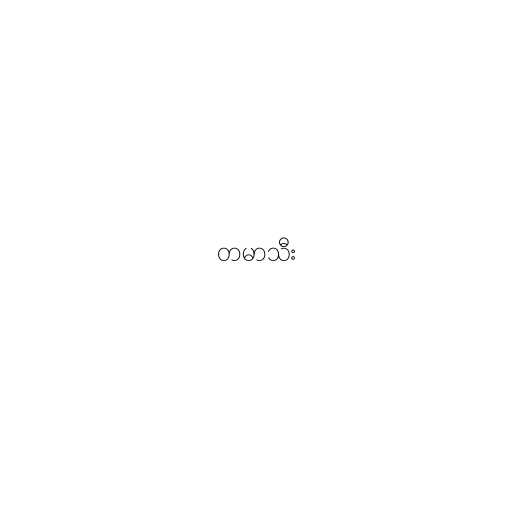
တမာသီး